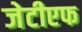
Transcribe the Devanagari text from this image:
जेटीएफ